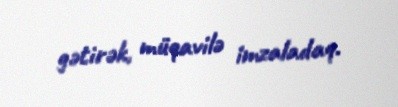
gətirək, müqavilə imzaladaq.